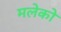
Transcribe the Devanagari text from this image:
मलेको